Annual report of the Civil Veterinary Department, Bengal, for the year 1897-98 - 1897-1898
Year: 1897
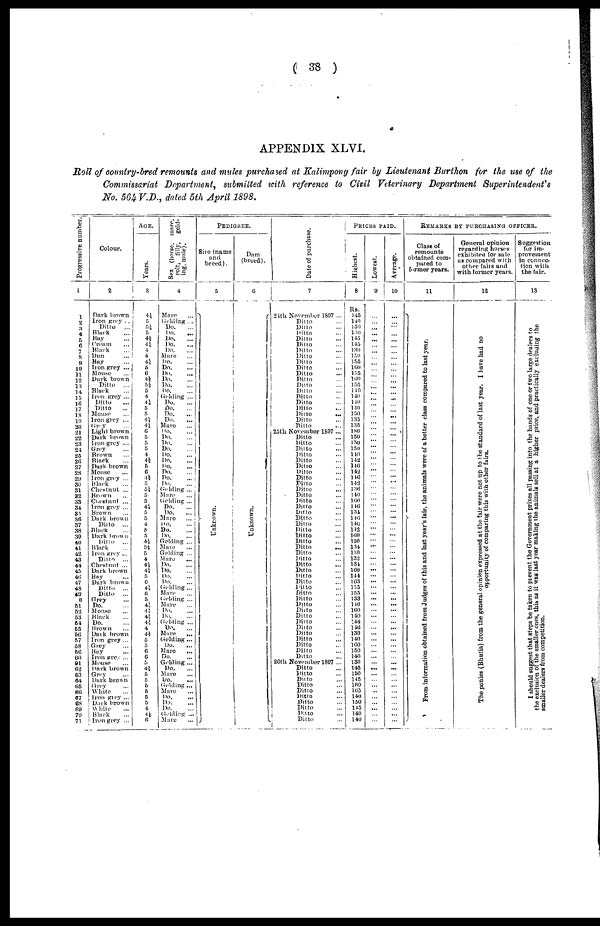
( 38 )
APPENDIX XLVI.
Roll of country-bred remounts and mules purchased at Kalimpong fair by Lieutenant Burthon for the use of the
Commissariat Department, submitted with reference to Civil Veterinary Department Superintendent's
No. 564 V.D., dated 5th April 1898.
Progressive number.
1
1
2
3
4
5 6
7
8
9
10
11
12
13
14
15
16
17
18
19
30
21
22
23
24
25
26
27
28
29 30
31
32
33
34
35
36
37
38
39
40
41
42
43
44
45
46
47
48
49
50
51
52
53
54
55
56
57
58
59
60
61
62
63
64
65
66
67
68
69
70
71
Colour.
2
Dark brown
Iron grey ...
Ditto
...
Black ...
Buy ...
Cream...
Black ...
Dun...
Bay...
Iron prey ...
Mouse ...
Dark brown
Ditto
...
Black ...
Iron grey ...
Ditto...
Ditto...
Mouse ...
Iron grey ...
Gray ...
Light-brown
Dark brown
Iron grey ...
Grey ...
Brown...
Black ...
Dark brown
Mouse ...
Iron grey ...
Black ...
Chestnut ...
Brown ...
Chestnut ...
Iron grey ...
Brown ...
Dark brown
Ditto ...
Black ...
Dark brown
Ditto
...
Black ...
Iron grey ...
Ditto
...
Chestnut ...
Dark brown
Buy ...
Dark brown
Ditto
...
Ditto
...
Grey ...
Do. ...
Mouse ...
Black ...
Do. ...
Brown ...
Dark brown
Iron grey ...
Grey ...
Bay ...
Iron grey ...
Mouse ...
Dark brown
Grey ...
Dark brown
Grey ...
White ....
Iron grey ...
Dark brown
White ...
Black ...
Iron grey ...
AGE.
Years.
3
4½
5
5½ 5
4½
4 ½
4
4
4½
6
6
4½
5½
5
4
4½
5
5
4½
4½ 6
5
5
5
4
4½ 5
6
4½
5½ 5
5
4½
5
5
4
5
5
4½
5½
5
4
4½
4½ 5
6
4½
6
5
4½
4½
4½ 4½
4
4½
5
5
6
6
5
4 ½
5 5
5
5 5
5
4
4½
6
Sex (horse, mare,
colt, f i l l y , g e l d - i n g , mule).
4
Mare ...
Gelding . ..
Do.
...
Do. ...
Do. ...
Do. ...
Do. ...
Maro ...
Do. ...
Do. ...
Do. ...
Do . ...
Do. ...
Do. ...
Gelding ...
Do. ...
Do. ...
Do. ...
Do. ...
Mure ...
Do. ...
Do.
...
Do.
...
Do. ...
Do. ...
Do. ...
Do.
...
Do.
...
Do.
...
Do. ...
Griding ...
Mare ...
Gelding ...
Do.
...
Do. ...
Mare ...
DO.
...
Do.
...
Do. ...
Gelding ...
Mare ...
Gelding ...
Mare ...
Do. ...
Do. ...
Do. ...
Do. ...
Gelding ...
Mare ...
Gelding ...
Mare ...
Do. ...
Do. ...
Gelding ...
Do. ...
Mare.
...
Gelding ...
Do. ...
Mare
...
Do. ...
Gelding ...
Do. ...
Mare ...
Do. ...
Gelding ...
Mare
...
Do. ...
Do. ...
Do. ...
Gelding ...
Mare ...
PEDIGREE.
Sire (name
and
breed).
5
Unknown.
Dam
(breed).
6
Unknown.
Date of purchase.
7
24th November 1897 ...
Ditto ...
Dilto ...
Ditto ...
Ditto ...
Ditto ...
Ditto ...
Ditto ...
Dilto ...
Ditto ...
Ditto ...
Ditto ...
Ditto ...
Ditto ...
Ditto ...
Ditto ...
Ditto ...
Ditto ...
Ditto ...
Ditto ...
25th November 1897 ...
Ditto ...
Ditto ...
Ditto ...
Ditto ...
Ditto ...
Ditto ...
Ditto ...
Ditto ...
Ditto ...
Ditto ...
Ditto ...
Ditto ...
Ditto ...
Ditto ...
Ditto ...
Ditto ...
Ditto ...
Ditto ...
Ditto ...
Ditto ...
Ditto ...
Ditto ...
Ditto ...
Ditto ...
Ditto ...
Ditto ...
Ditto ...
Ditto ...
Dilto ...
Ditto ...
Dilto ...
Ditto ...
Ditto ...
Ditto ...
Ditto ...
Ditto ...
Ditto ...
Ditto ...
Ditto ...
26th November 1897 ...
Ditto ...
Ditto ...
Ditto ...
Ditto ...
Ditto ...
Ditto ...
Ditto ...
Ditto ...
Ditto
...
Ditto ...
Prices paid.
Highest.
8
Rs.
145
140
150
130
145
145
130
130 155
160
155
160
155
140
140
110
140
150
135
135
180
150
150
150
140
142
146 142
146
142
136 140
160
146
134
146
146
142
160 150
134
130 132
134 160
144
163
155 155
133
140 160
140
144
146
130
140
160
150
140
130
145
150
145
160 165
140
150
145 140
140
Lowest.
9
...
...
...
... ...
...
... ...
...
...
...
...
...
...
...
...
...
...
...
...
...
...
...
...
...
...
...
...
...
... ...
...
...
...
...
...
...
...
...
...
...
...
...
...
...
...
...
...
...
...
...
...
...
...
...
...
...
... ...
...
...
...
...
...
...
...
...
...
...
...
...
Average.
10
...
...
...
...
...
...
...
...
...
...
...
...
...
...
...
...
...
...
...
...
...
...
...
...
...
...
...
...
...
...
...
...
...
...
...
...
...
...
...
...
...
...
...
...
... ...
...
...
...
...
...
...
...
...
...
...
...
...
... ...
...
...
...
...
...
...
...
...
...
...
...
REMARKS BY PUROHASING OFFICER.
Class of
remounts
obtained com-
pared to
former years.
11
Fr om i n f o r m a t i o n o b t a i n e d f
r
om Judges of t hi s and last y e a r ' s f a i r , t h e a n i m a l s w e r e o f a bet t er c l a s s c o m p a r e d to last year .
General opinion
regarding horses
exhibited for sale
as compared with
other fairs and
with former years.
12
The p o n i e s ( B h u t i a ) f r om t h e g e n e r a l o p i n i o n e x p r e s s e d at t h e fair we r e not up to t he s t a n d a r d of last year. I have had no
opportunity of comparing this with other fai rs.
Suggestion
for im-
provement
in connec-
tion with
the fair.
13
I s h o u l d s u g g e s t t h a t s t e p s be t
aken to pr event the Go v e rn
me n t p r i z e s al l p a s s i n g i nt o th
the exclusion of the smaller ones
smaller dealers f r om competition